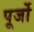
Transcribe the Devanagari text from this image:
पूर्जो